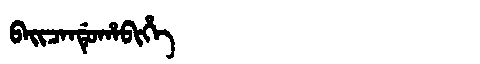
Manchu: ᠪᠠᡳᠴᠠᠨᡩᡠᡥᠠᠪᡳᡥᡝ
Romanization: BAICANDUHABIHE